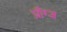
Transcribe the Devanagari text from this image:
प्राँग्ज